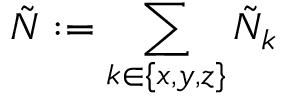
\tilde { N } : = \sum _ { k \in \{ x , y , z \} } \tilde { N } _ { k }